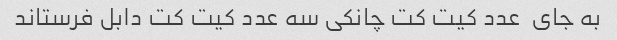
به جای  عدد کیت کت چانکی سه عدد کیت کت دابل فرستاند